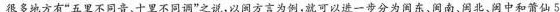
很多地方有”五里不同音、十里不同调”之说，以闽方言为例，就可以进一步分为东、间南、闽北、闽中和莆仙5